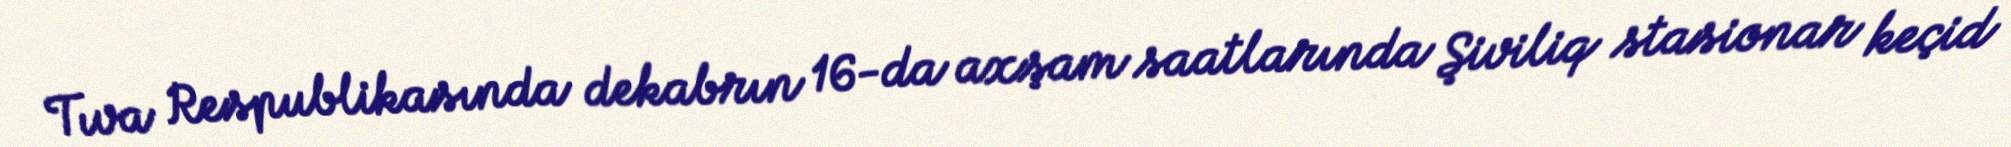
Tıva Respublikasında dekabrın 16-da axşam saatlarında Şiviliq stasionar keçid